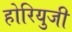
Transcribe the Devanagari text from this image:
होरियुजी